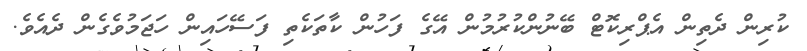
ކުރިން ދެތިން އެޕްރިކޮޓް ބޭނުންކުރުމުން އޭގެ ފަހުން ކާތަކެތި ފަސޭހައިން ހަޖަމުވެގެން ދެއެވެ.